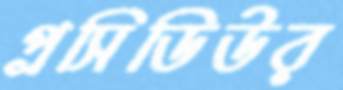
প্রসিডিউর